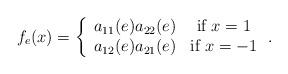
LaTeX: \begin{align*}f_e(x)=\left\{\begin{array}{cc} a_{11}(e)a_{22}(e) & \mbox{if}\ x=1 \\ a_{12}(e)a_{21}(e) & \mbox{if}\ x=-1 \\ \end{array} \right..\end{align*}